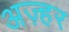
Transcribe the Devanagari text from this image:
अज़्हर